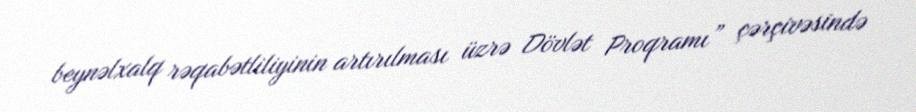
beynəlxalq rəqabətliliyinin artırılması üzrə Dövlət Proqramı” çərçivəsində